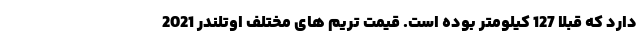
دارد که قبلا 127 کیلومتر بوده است. قیمت تریم های مختلف اوتلندر 2021